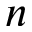
\displaystyle n